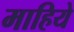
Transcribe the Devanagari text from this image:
माहिये